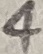
Text: 4